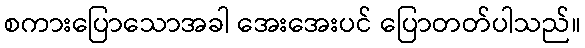
စကားပြောသောအခါ အေးအေးပင် ပြောတတ်ပါသည်။